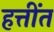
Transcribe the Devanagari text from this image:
हत्तींत